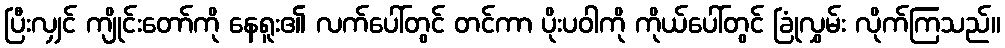
ပြီးလျှင် ကျိုင်းတော်ကို နေရူး၏ လက်ပေါ်တွင် တင်ကာ ပိုးပဝါကို ကိုယ်ပေါ်တွင် ခြုံလွှမ်း လိုက်ကြသည်။